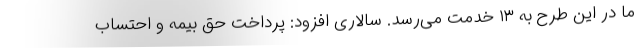
ما در این طرح به ۱۳ خدمت می‌رسد. سالاری افزود: پرداخت حق بیمه و احتساب